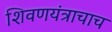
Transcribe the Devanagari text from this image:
शिवणयंत्राचाच